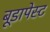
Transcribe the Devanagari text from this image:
बूडापेस्ट